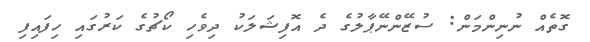
ގޮތެއް ނުނިންމަން: ސުޒޭންނޭޕާލުގެ ދެ އޮފިޝަލަކު ދިވެހި ކޯޗުގެ ކަރުގައި ހިފައިފި